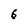
Character: 6